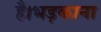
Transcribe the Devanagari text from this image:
है।भड़काना